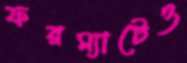
ফরম্যাটেও